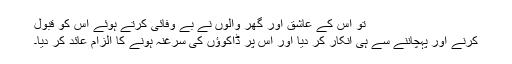
تو اس کے عاشق اور گھر والوں نے بے وفائی کرتے ہوئے اس کو قبول
کرنے اور پہچاننے سے ہی انکار کر دیا اور اس پر ڈاکوﺅں کی سرغنہ ہونے کا الزام عائد کر دیا۔